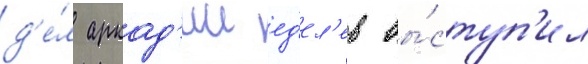
д'е́л аркад'ии ед'ел'ев вы́ступ'ил